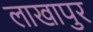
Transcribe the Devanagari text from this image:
लाखापुर